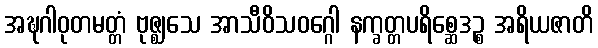
အဍ္ဎဂါဝုတမတ္တံ ဗုဇ္ဈသေ အာသီဝိသဝဂ္ဂေါ နက္ခတ္တပရိစ္ဆေဒဉ္စ အရိယဇာတိ